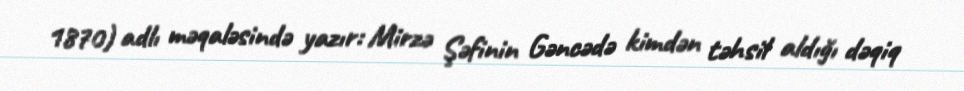
1870) adlı məqaləsində yazır: Mirzə Şəfinin Gəncədə kimdən təhsil aldığı dəqiq